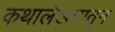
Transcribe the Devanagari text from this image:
कथालेखनातून